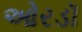
ઓરડૉ